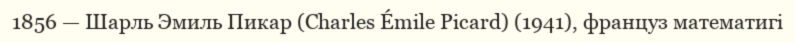
1856 — Шарль Эмиль Пикар (Charles Émile Picard) (1941), француз математигі